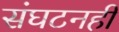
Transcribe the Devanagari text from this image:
संघटनही